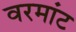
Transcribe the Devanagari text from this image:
वरमांट